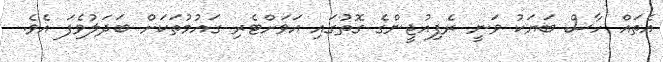
އެތައް ހާސް ބަޔަކު ވަނީ ރެފިއުޖީންގެ ގޮތުގައި އަވަށްޓެރި ގައުމުތަކަށް ބަދަލުވެފަ އެވެ.